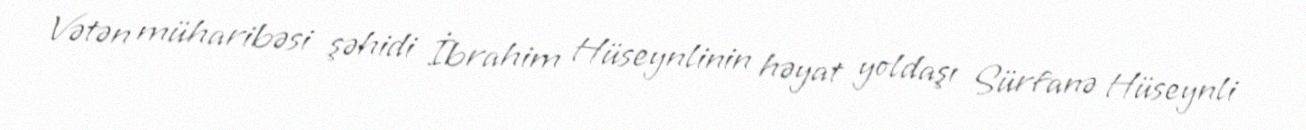
Vətən müharibəsi şəhidi İbrahim Hüseynlinin həyat yoldaşı Sürfanə Hüseynli